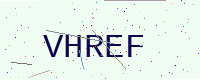
Text: VHREF